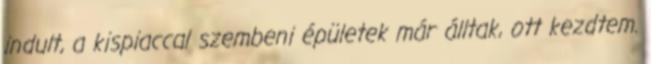
indult, a kispiaccal szembeni épületek már álltak, ott kezdtem.